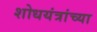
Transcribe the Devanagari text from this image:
शोधयंत्रांच्या